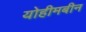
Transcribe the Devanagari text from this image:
योहीमबीन